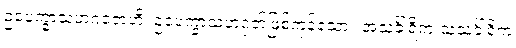
ဥပေက္ခာသဟဂတေဟိ၊ ဥပေက္ခာသဟဂုတ်ဖြစ်ကုန်သော။ အသင်္ခါရိက သသင်္ခါရိက